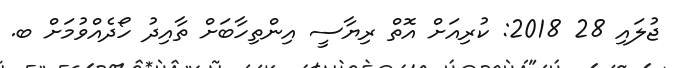
ޖުލައި 28 2018: ކުރިއަށް އޮތް ރިޔާސީ އިންތިހާބަށް ތާއިދު ހޯދެއްވުމަށް ބ.